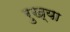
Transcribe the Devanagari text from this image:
रुख्या